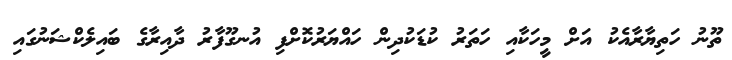
ތޫނު ހަތިޔާރާއެކު އަށް މީހަކާއި ހަތަރު ކުޑަކުދިން ހައްޔަރުކޮށްފި އުނގޫފާރު ދާއިރާގެ ބައިލެކްޝަނުގައި